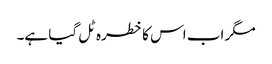
مگر اب اس کا خطرہ ٹل گیا ہے۔